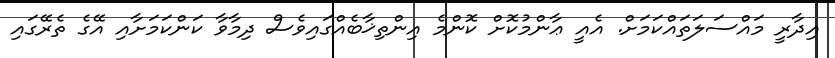
އިދާރީ މައްސަލަތައްކަމަށް. އެއީ ޢާންމުކޮށް ކޮންމެ އިންތިޚާބެއްގައިވެސް ދިމާވާ ކަންކަމަށާއި އޭގެ ތެރޭގައި